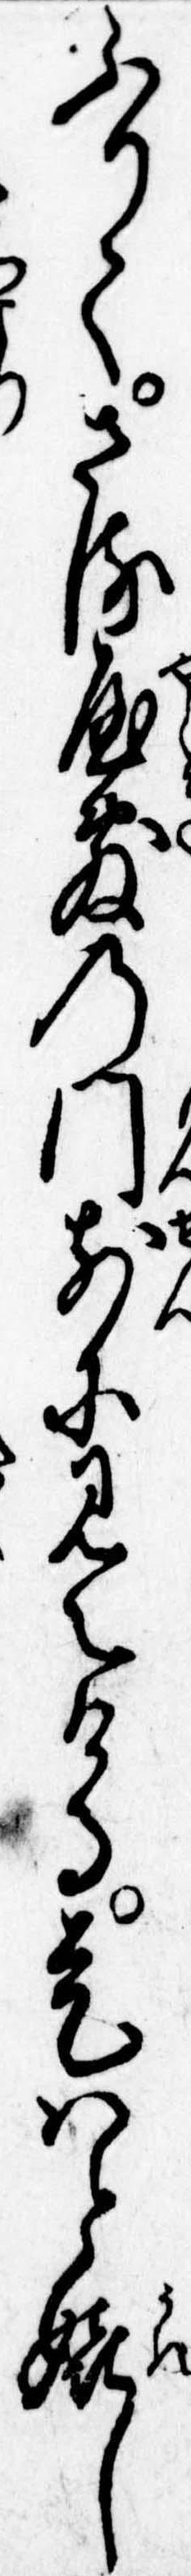
ふりてさる屋敷の門前に見えける是はと嬉し